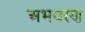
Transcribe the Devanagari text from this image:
अभयरण